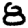
Digit: 8